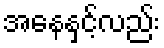
အနေနှင့်လည်း